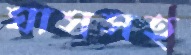
ঘাসসহ